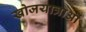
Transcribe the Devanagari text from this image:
खोजयात्राओं